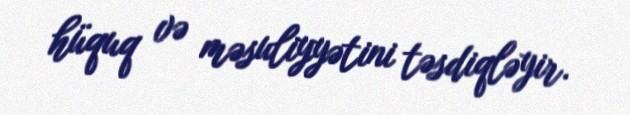
hüquq və məsuliyyətini təsdiqləyir.